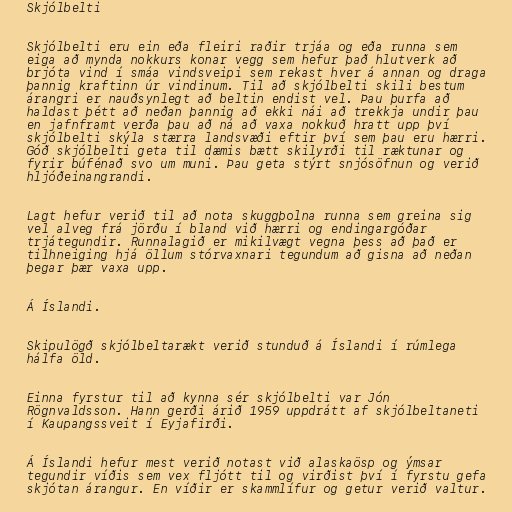
Skjólbelti

Skjólbelti eru ein eða fleiri raðir trjáa og eða runna sem
eiga að mynda nokkurs konar vegg sem hefur það hlutverk að
brjóta vind í smáa vindsveipi sem rekast hver á annan og draga
þannig kraftinn úr vindinum. Til að skjólbelti skili bestum
árangri er nauðsynlegt að beltin endist vel. Þau þurfa að
haldast þétt að neðan þannig að ekki nái að trekkja undir þau
en jafnframt verða þau að ná að vaxa nokkuð hratt upp því
skjólbelti skýla stærra landsvæði eftir því sem þau eru hærri.
Góð skjólbelti geta til dæmis bætt skilyrði til ræktunar og
fyrir búfénað svo um muni. Þau geta stýrt snjósöfnun og verið
hljóðeinangrandi.

Lagt hefur verið til að nota skuggþolna runna sem greina sig
vel alveg frá jörðu í bland við hærri og endingargóðar
trjátegundir. Runnalagið er mikilvægt vegna þess að það er
tilhneiging hjá öllum stórvaxnari tegundum að gisna að neðan
þegar þær vaxa upp.

Á Íslandi.

Skipulögð skjólbeltarækt verið stunduð á Íslandi í rúmlega
hálfa öld.

Einna fyrstur til að kynna sér skjólbelti var Jón
Rögnvaldsson. Hann gerði árið 1959 uppdrátt af skjólbeltaneti
í Kaupangssveit í Eyjafirði.

Á Íslandi hefur mest verið notast við alaskaösp og ýmsar
tegundir víðis sem vex fljótt til og virðist því í fyrstu gefa
skjótan árangur. En víðir er skammlífur og getur verið valtur.